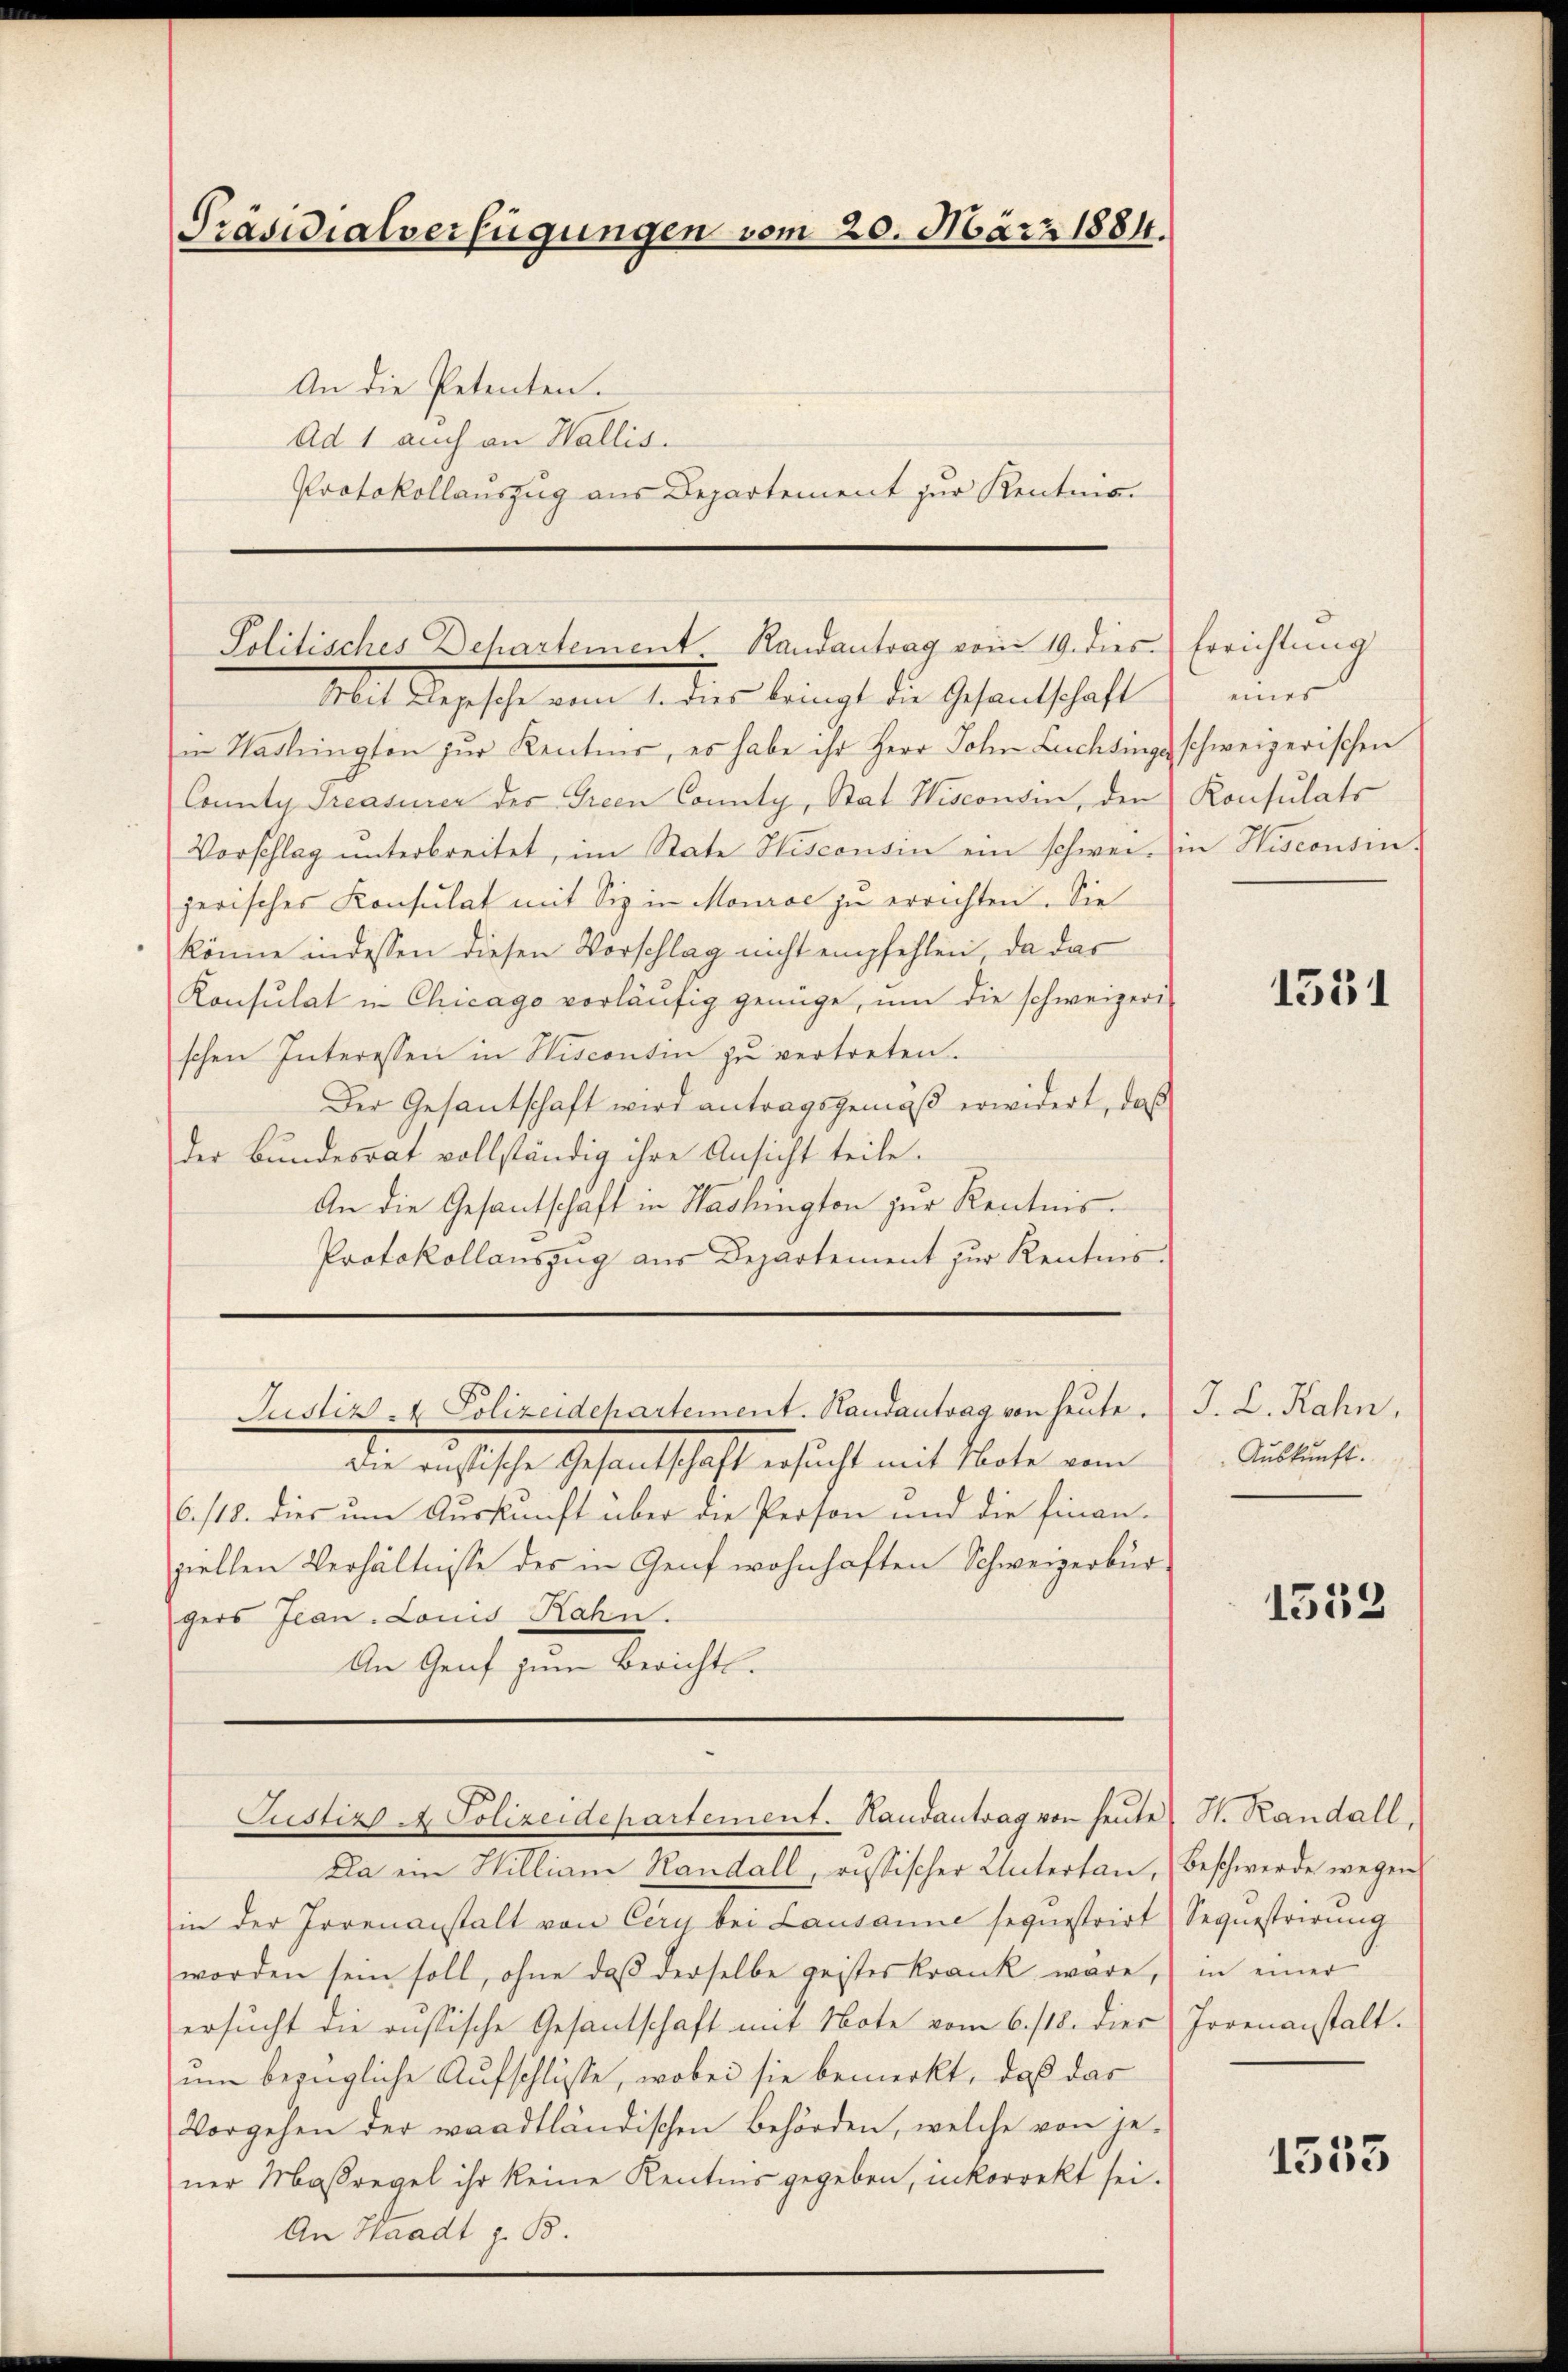
Präsidialverfügungen vom 20. März 1884.
An die Petenten.
Ad 1 auch an Wallis.
Protokollauszug aus Departement zur Kentna

Mit Depesche vom 1. dies bringt die Gesandschaft
in Stadlington zur Kentner, es habe ihr Herr John Lachsings schweizerischen
County Treasirer des Green County, Stat Wiscontin, den Konsulats
Vorschlag ŭnterbreitet, im State Hisconsin ein schwer, in Hisconsin-
jerisches Konsulat mit Sie in Mourae zu errichten. Sie
könne in dessen diesen Vorschlag nicht empfehlen, da das
Konsulat in Chicago vorläŭfig genüge, um die schweizeri-
schen Interessen in Wiscontin zu vertreten.
Der Gesantschaft wird antragsgemäß erwidert, daß
der Bundesrat vollständig ihre Ansicht teile.
An die Gesantschäft in Haslington zur Kenntnis.
Protokollauszug aus Departement zŭr Kentnis-

Solitisches Departement. Handantrag vom 19. dies. Errichtung

Die russische Gesantschaft ersucht mit Note vom
6./18. dies um Auskunft über die Person und die Finan-
ziellen Verhältnisse des in Genf wohnhaften Schweizerbürgers Jean Louis Rahn.
An Genf zum Bericht.

Justiz & Polizeidepartement. Handantrag von heute.

Justiz - Polizeidepartement. Handantrag von heŭte H. Randall,

Da ein William Handall, russischer Untertan, Beschwerde wegen
in der Irrenanstalt von Cery bei Lausanne sequestrirt Sequestrirung
worden sein soll, ohne daß derselbe geisteskrank wäre, in einer
ersucht die russische Gesantschaft mit Note vom 6./18. dies (Jovenanstalt.
um bezügliche Aufschlüsse, wobei sie bemerkt, daß das
Vorgehen der waadtländischen Behörden, welche von je-
ner Maßregel ihr keine Kenntnis gegeben, inkorrekt sei.
An Waadt z. B.

eines

1531

J. L. Rahn.
Auskunft.

1553

1553